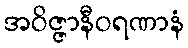
အဝိဇ္ဇာနီဝရဏာနံ